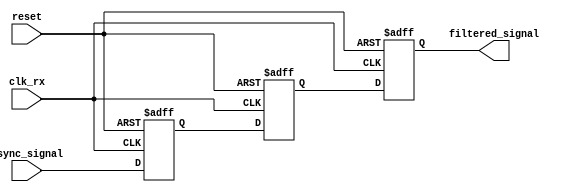
module meta_stability_filter (
    input wire clk_rx,          // Receiving clock
    input wire async_signal,    // Incoming asynchronous signal
    input wire reset,           // Optional reset signal
    output reg filtered_signal   // Filtered and stabilized output signal
);

    // Internal signals for the dual flip-flop synchronizer
    reg ff1, ff2;

    // Dual Flip-Flop Synchronizer
    always @(posedge clk_rx or posedge reset) begin
        if (reset) begin
            ff1 <= 1'b0;          // Initialize FF1 to 0 on reset
            ff2 <= 1'b0;          // Initialize FF2 to 0 on reset
            filtered_signal <= 1'b0; // Initialize output to 0 on reset
        end else begin
            ff1 <= async_signal;   // Sample the asynchronous signal in FF1
            ff2 <= ff1;            // Sample the output of FF1 in FF2
            filtered_signal <= ff2; // Output the stable signal from FF2
        end
    end

endmodule